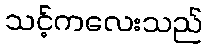
သင့်ကလေးသည်